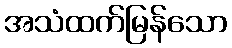
အသံထက်မြန်သော